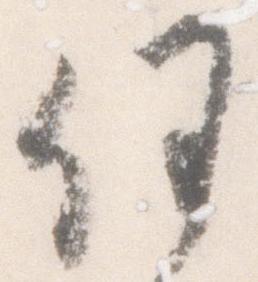
任